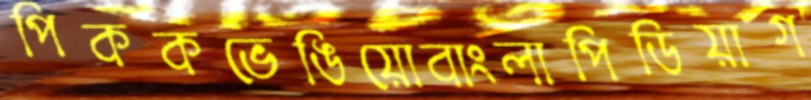
পিককভেঙিয়োবাংলাপিডিয়াগ